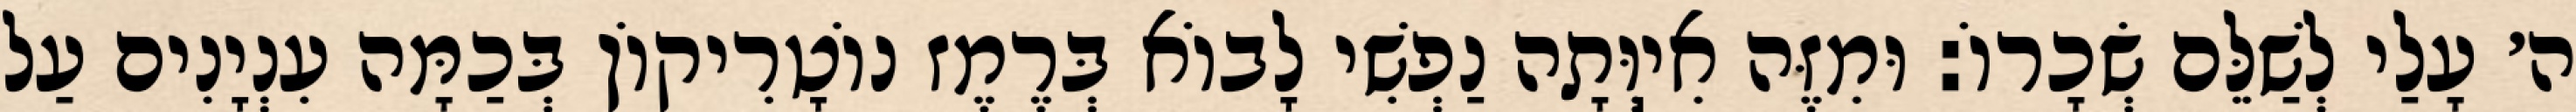
ה׳ עָלַי לְשַׁלֵּם שְׂכָרוֹ: וּמִזֶּה אִיֽוְּתָה נַפְשִׁי לָבוֹא בְּרֶמֶז נוֹטָרִיקוֹן בְּכַמָּה עִנְיָנִים עַל